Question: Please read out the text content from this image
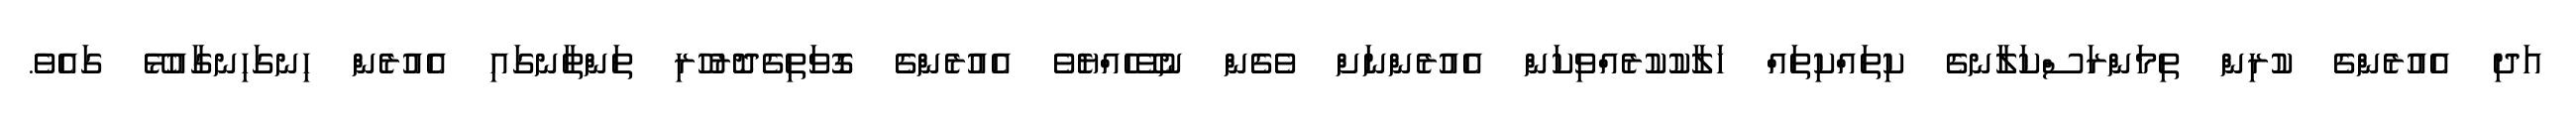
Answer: އަދި އެއުރެންގެ ކުރިން ތިމަންރަސްކަލާނގެ ކިތައްކިތައް ހަލާކުކުރެއްވިކަން އެއުރެންނަށް ވެގެން ނުވޭހެއްޔެވެ އެއުރެންގެ ގޮވަތިގެދޮރުހުރި ތަންތާނގައި އެއުރެން ހިނގަހިނގާއުޅޭ ގައެވެ.